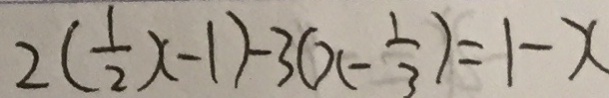
2 ( \frac { 1 } { 2 } x - 1 ) - 3 ( x - \frac { 1 } { 3 } ) = 1 - x